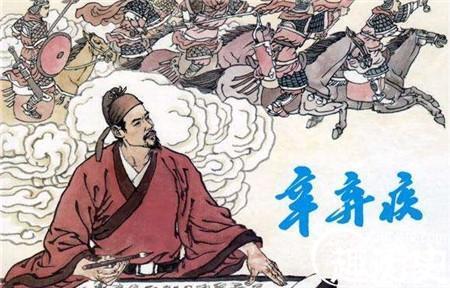
想当年，金戈铁马，气吞万里如虎。